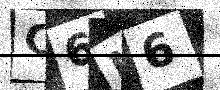
Text: C6N6